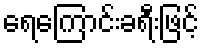
ရေကြောင်းခရီးဖြင့်